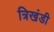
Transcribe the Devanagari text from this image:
त्रिखंडी